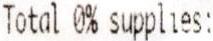
TOTAL 0% SUPPLIES: